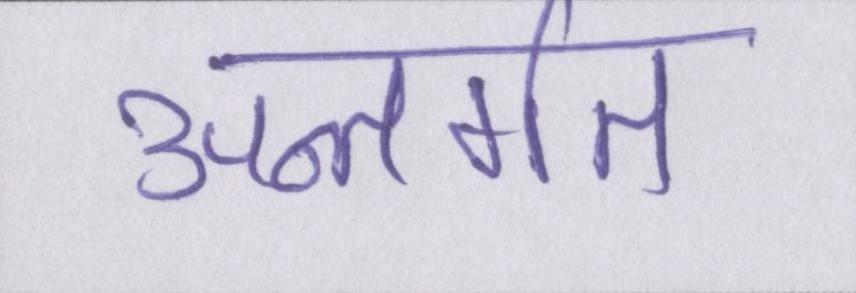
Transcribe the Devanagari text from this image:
अन्तर्गत